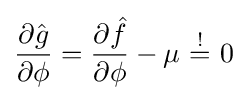
{\frac {\partial {\hat {g}}}{\partial \phi }}={\frac {\partial {\hat {f}}}{\partial \phi }}-\mu \ {\stackrel {!}{=}}\ 0